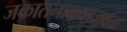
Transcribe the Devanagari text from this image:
जकातनाक्याजवळ